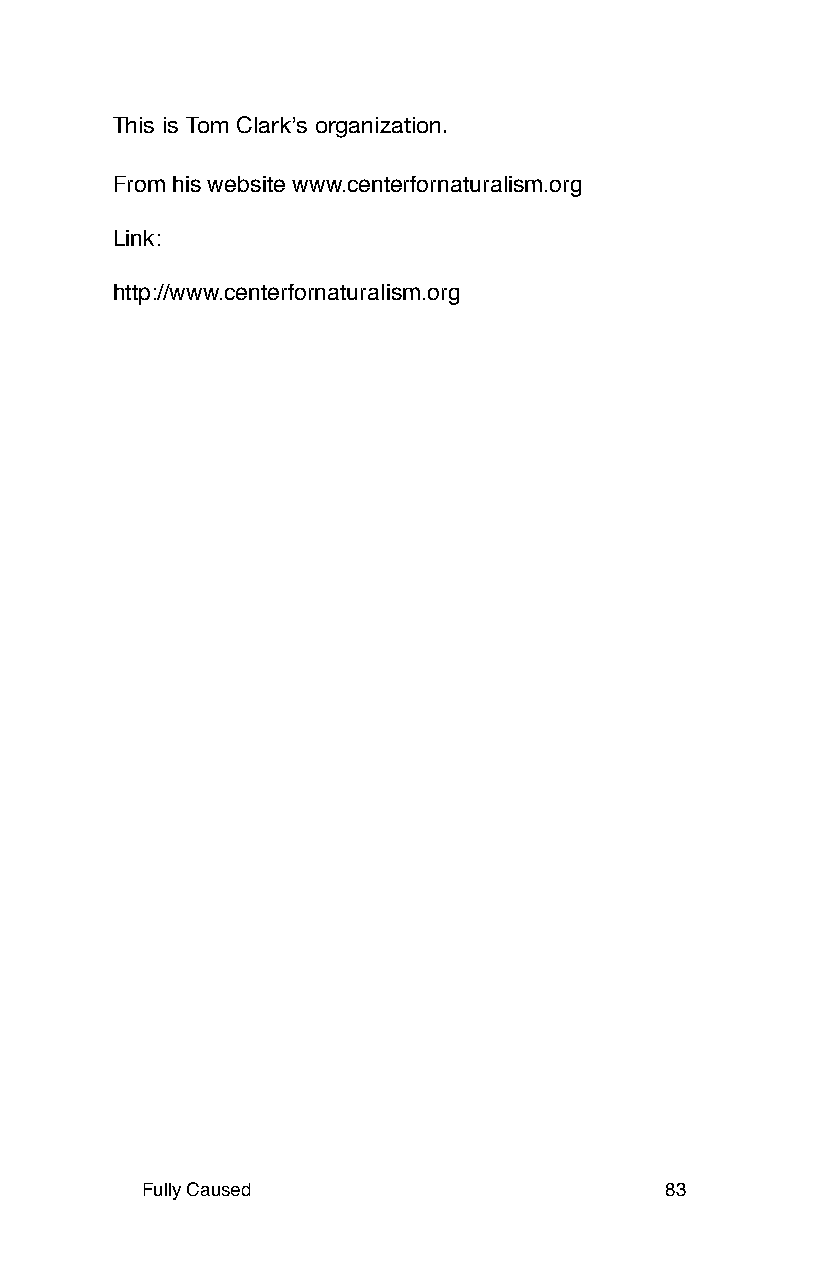
This is Tom Clark’s organization.
 From his website www.centerfornaturalism.org
 Link:
 http://www.centerfornaturalism.org
 Fully Caused                       83